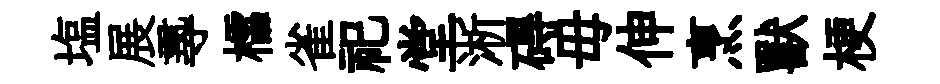
塩展𡬶櫺雀祀堂淅碍毋伸烹獸梗